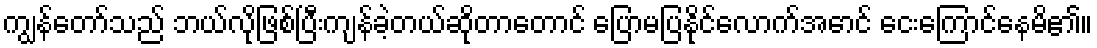
ကျွန်တော်သည် ဘယ်လိုဖြစ်ပြီးကျန်ခဲ့တယ်ဆိုတာတောင် ပြောမပြနိုင်လောက်အောင် ငေးကြောင်နေမိ၏။